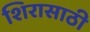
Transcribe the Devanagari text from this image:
शिरासाठी